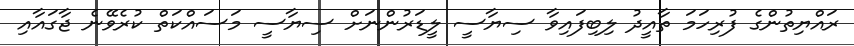
ރައްޔިތުންގެ ފުރިހަމަ ތާއީދު ލިބިފައިވާ ސިޔާސީ ލީޑަރުންނަށް ސިޔާސީ މަސައްކަތް ކުރެވޭނެ ޖާގައާއި